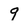
Character: 9